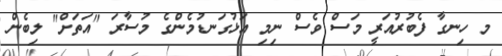
މ ހިނގާ ފެބުރުއަރީ މަސް ވެސް ނިމި އަޅުގަނޑުމެންގެ މުސާރަ "އަތަށް" ލިބެން